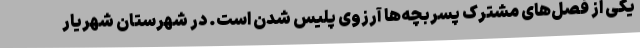
یکی از فصل‌های مشترک پسربچه‌ها آرزوی پلیس شدن است. در شهرستان شهریار